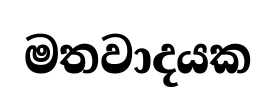
මතවාදයක